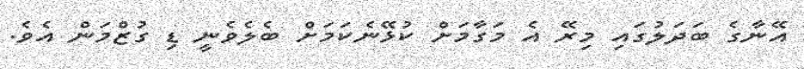
އޭނާގެ ބަދަލުގައި މިރޭ އެ މަގާމަށް ކުޅޭނެކަމަށް ބެލެވެނީ ޑި ގުޒްމަން އެވެ.